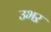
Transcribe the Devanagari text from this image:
उभऱ